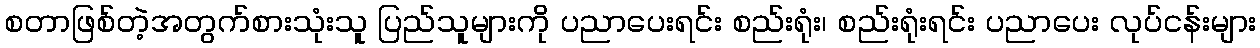
စတာဖြစ်တဲ့အတွက်စားသုံးသူ ပြည်သူများကို ပညာပေးရင်း စည်းရုံး၊ စည်းရုံးရင်း ပညာပေး လုပ်ငန်းများ